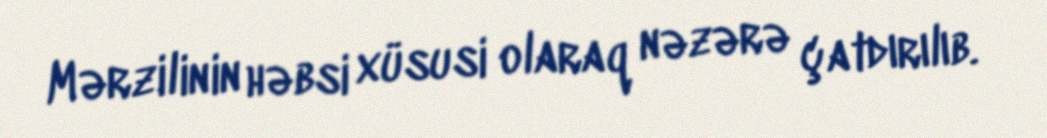
Mərzilinin həbsi xüsusi olaraq nəzərə çatdırılıb.